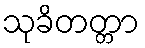
သုခိတတ္တာ